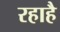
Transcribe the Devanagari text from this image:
रहाहै